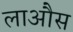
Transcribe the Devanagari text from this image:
लाऔस